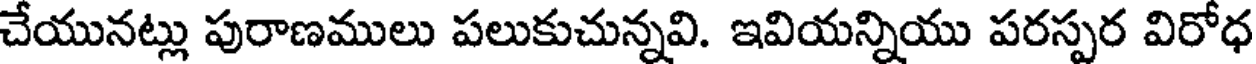
చేయునట్లు పురాణములు పలుకుచున్నవి. ఇవియన్నియు పరస్పర విరోధ